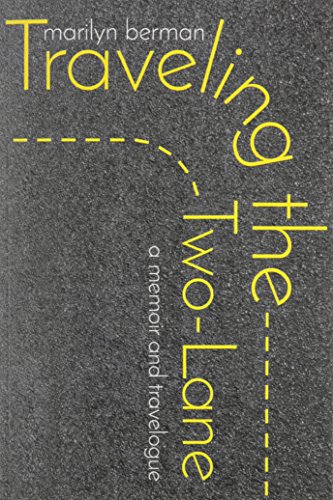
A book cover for Traveling the Two-Lane: A Memoir and Travelogue; Marilyn Berman; Gay & Lesbian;